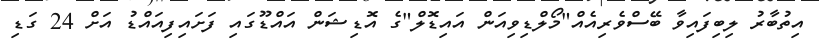
އިތުބާރު ލިބިފައިވާ ބޭސްވެރިއެއް"މޯލްޑިވިއަން އައިޑޮލް"ގެ އޮޑިޝަން އައްޑޫގައި ފަށައިފިއައްޑު އަށް 24 ގަޑި